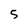
Character: 5